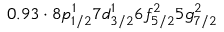
0 . 9 3 \cdot 8 p _ { 1 / 2 } ^ { 1 } 7 d _ { 3 / 2 } ^ { 1 } 6 f _ { 5 / 2 } ^ { 2 } 5 g _ { 7 / 2 } ^ { 2 }